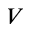
V